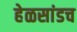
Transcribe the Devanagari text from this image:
हेळसांडच